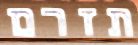
תזרם